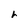
Character: r